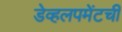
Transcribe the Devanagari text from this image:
डेव्हलपमेंटची